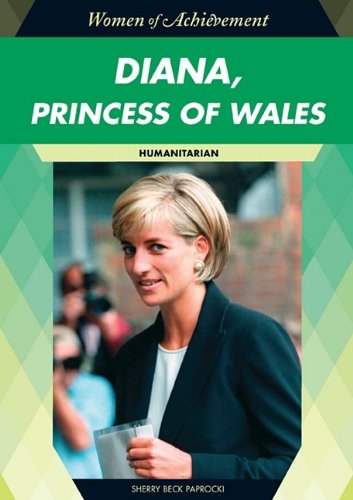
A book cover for Diana, Princess of Wales: Humanitarian (Women of Achievement); Sherry Beck Paprocki; Teen & Young Adult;